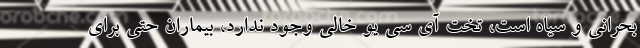
بحرانی و سیاه است، تخت آی سی یو خالی وجود ندارد، بیماران حتی برای